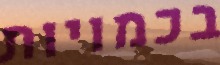
בכמויות